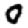
Digit: 0